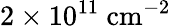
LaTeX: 2\times 10^{11}~\textrm{cm}^{-2}